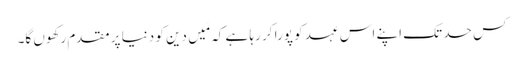
کس حد تک اپنے اس عہد کو پورا کر رہا ہے کہ مَیں دین کو دنیا پر مقدم رکھوں گا۔